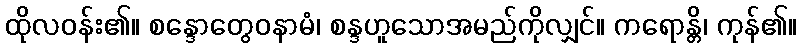
ထိုလဝန်း၏။ စန္ဒောတွေဝနာမံ၊ စန္ဒဟူသောအမည်ကိုလျှင်။ ကရောန္တိ၊ ကုန်၏။